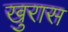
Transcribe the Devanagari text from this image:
खुरास